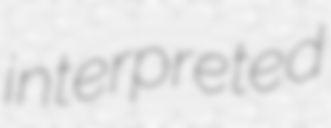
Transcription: interpreted